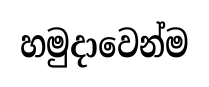
හමුදාවෙන්ම